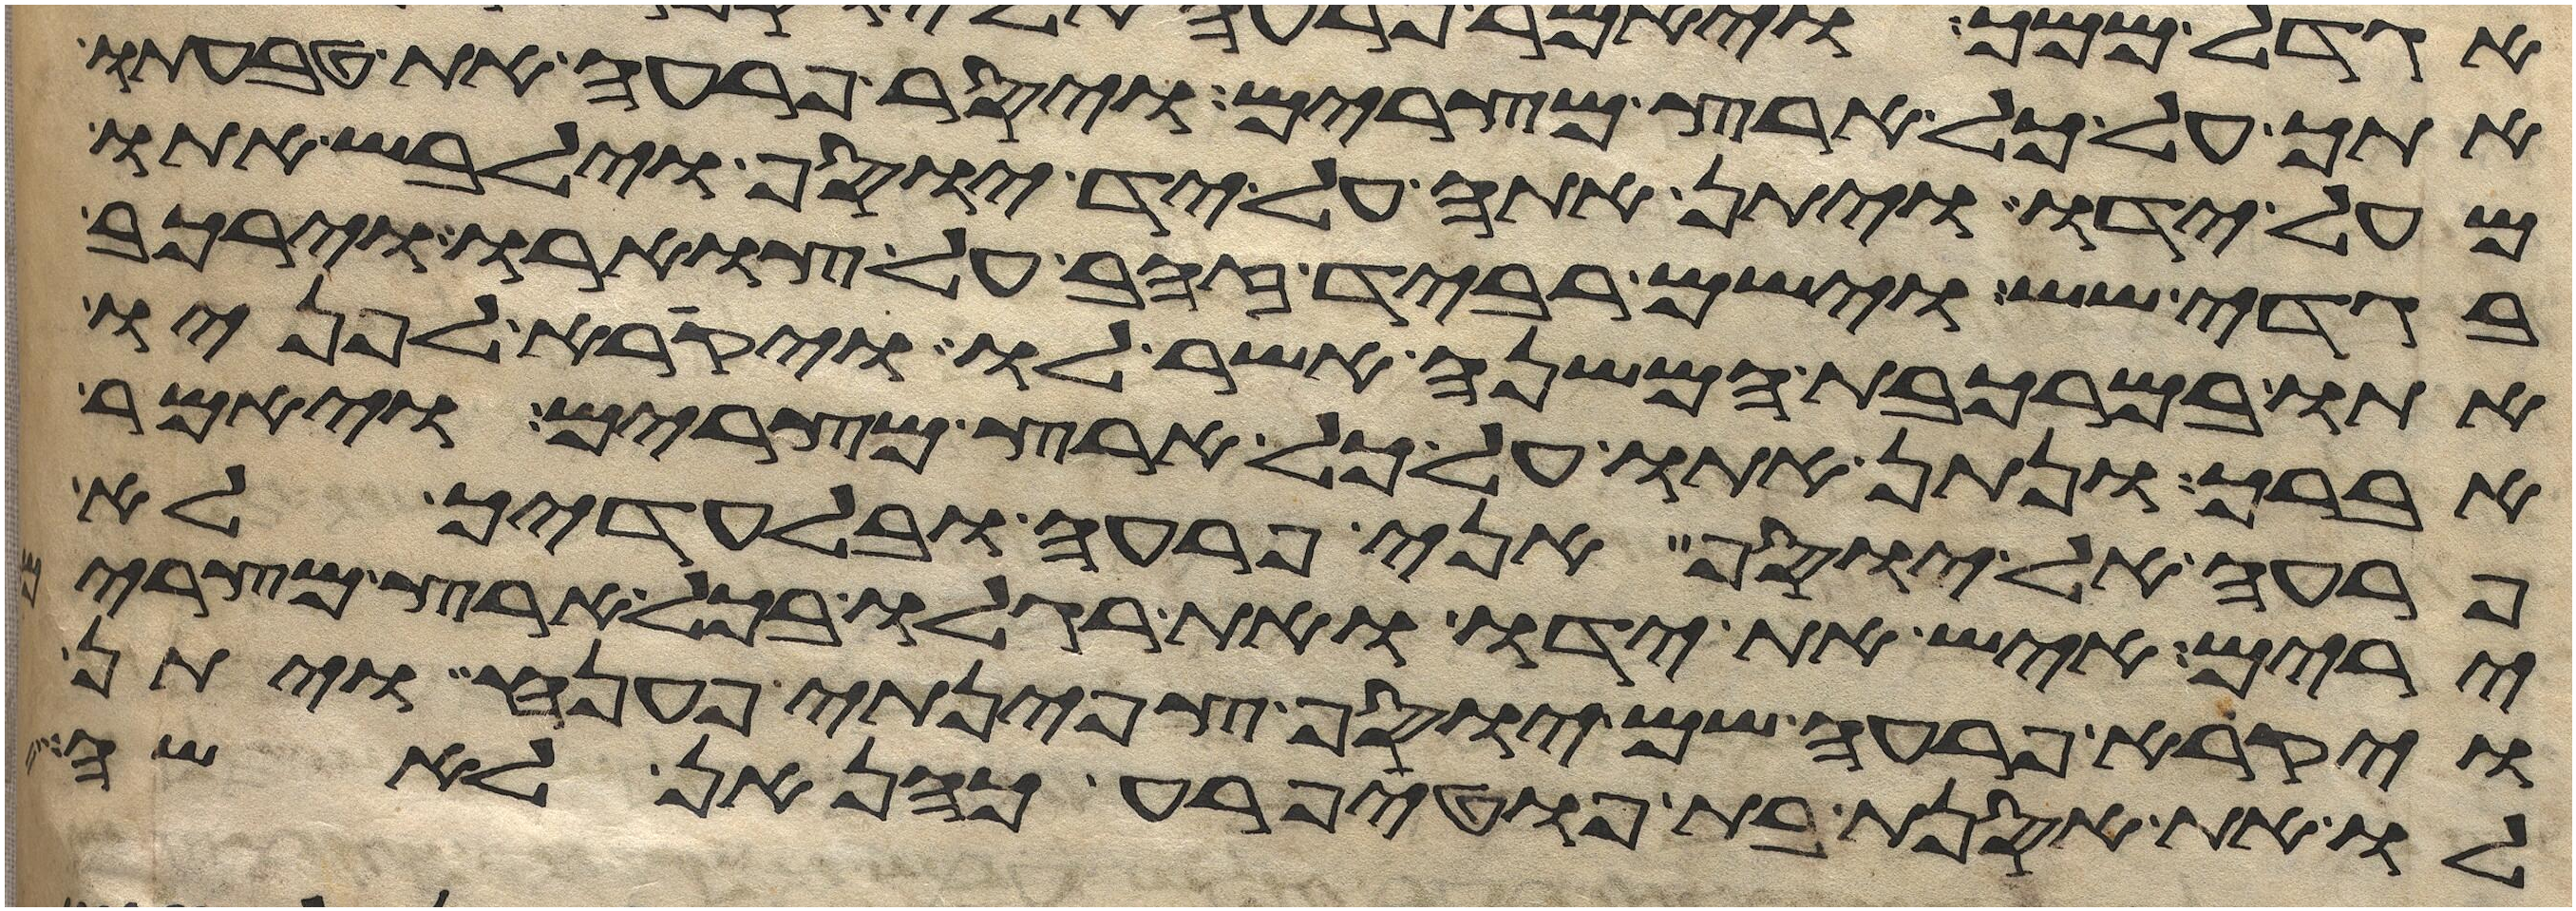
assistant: אתך על כל ארץ מצרים ויסר פרעה את טבעתו
מעל ידו ויתן אתה על יד יוסף וילבש אתו
בגדי שש וישם רביד זהב על צוארו וירכב
אתו במרכבת המשנה אשר לו ויקרא לפניו
אברך ונתן אתו על כל ארץ מצרים ויאמר
פרעה אל יוסף אני פרעה ובלעדיך לא
ירים איש את ידו ואת רגלו בכל ארץ מצרים
ויקרא פרעה שם יוסף צפינתי פענה ויתן
לו את אסנת בת פוטיפרע כהן אן לאשה